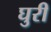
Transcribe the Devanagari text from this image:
घुरी